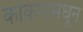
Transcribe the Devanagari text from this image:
कोकणमधून